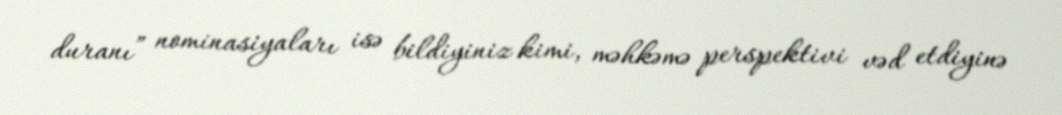
duranı” nominasiyaları isə bildiyiniz kimi, məhkəmə perspektivi vəd etdiyinə